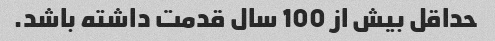
حداقل بیش از 100 سال قدمت داشته باشد.